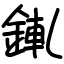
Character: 錷